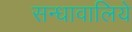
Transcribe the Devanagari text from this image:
सन्धावालिये